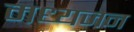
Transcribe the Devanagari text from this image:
मध्यजन